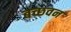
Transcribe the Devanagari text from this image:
बच्छवन